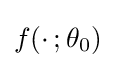
f(\cdot \,;\theta _{0})